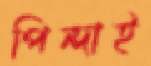
পিন্দাই